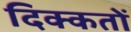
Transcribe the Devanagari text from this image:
दिक्‍कतों